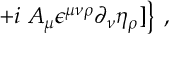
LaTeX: \left. + i \; A _ { \mu } \epsilon ^ { \mu \nu \rho } \partial _ { \nu } \eta _ { \rho } ] \right\} \; ,